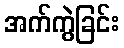
အက်ကွဲခြင်း